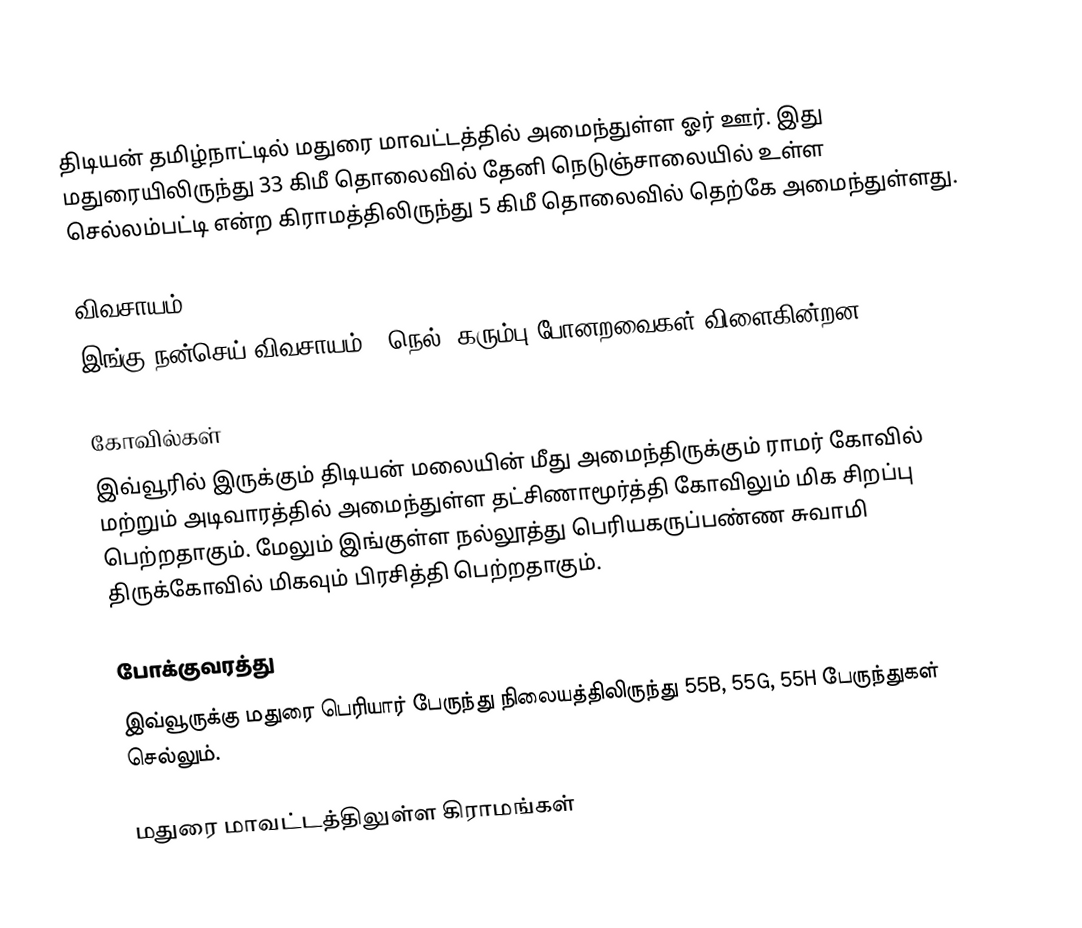
திடியன் தமிழ்நாட்டில் மதுரை மாவட்டத்தில் அமைந்துள்ள ஓர் ஊர். இது மதுரையிலிருந்து 33 கிமீ தொலைவில் தேனி நெடுஞ்சாலையில் உள்ள செல்லம்பட்டி என்ற கிராமத்திலிருந்து 5 கிமீ தொலைவில் தெற்கே அமைந்துள்ளது.

விவசாயம்
இங்கு நன்செய் விவசாயம் - நெல், கரும்பு போனறவைகள் விளைகின்றன.

கோவில்கள்
இவ்வூரில் இருக்கும் திடியன் மலையின் மீது அமைந்திருக்கும் ராமர் கோவில் மற்றும் அடிவாரத்தில் அமைந்துள்ள தட்சிணாமூர்த்தி கோவிலும் மிக சிறப்பு பெற்றதாகும். மேலும் இங்குள்ள நல்லூத்து பெரியகருப்பண்ண சுவாமி திருக்கோவில் மிகவும் பிரசித்தி பெற்றதாகும்.

போக்குவரத்து
இவ்வூருக்கு மதுரை பெரியார் பேருந்து நிலையத்திலிருந்து 55B, 55G, 55H பேருந்துகள் செல்லும்.

 மதுரை மாவட்டத்திலுள்ள கிராமங்கள்